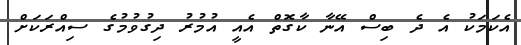
އެކަމަކު އެ ދެ ބިސް އޭނާ ކާގޮތް އެއީ އުމުރު ދިގުވުމުގެ ސިއްރަކަށް